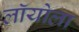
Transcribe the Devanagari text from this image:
लॉयोला